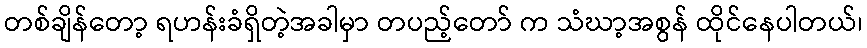
တစ်ချိန်တော့ ရဟန်းခံရှိတဲ့အခါမှာ တပည့်တော် က သံဃာ့အစွန် ထိုင်နေပါတယ်၊